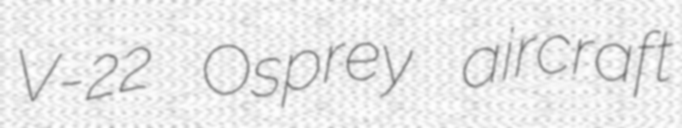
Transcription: V-22 Osprey aircraft